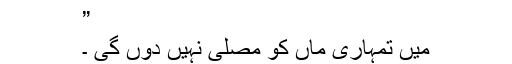
”
میں تمہاری ماں کو مصلیٰ نہیں دوں گی ۔